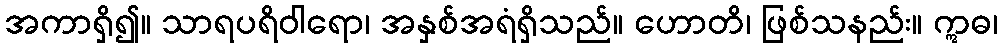
အကာရှိ၍။ သာရပရိဝါရော၊ အနှစ်အရံရှိသည်။ ဟောတိ၊ ဖြစ်သနည်း။ ဣဓ၊